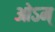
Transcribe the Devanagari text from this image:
ओऽम्‌